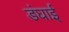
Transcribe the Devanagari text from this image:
डंघाई